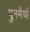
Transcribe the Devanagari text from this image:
पुनर्मेचों